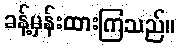
ခန့်မှန်းထားကြသည်။